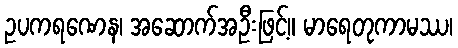
ဥပကရဏေန၊ အဆောက်အဦးဖြင့်။ မာရေတုကာမဿ၊